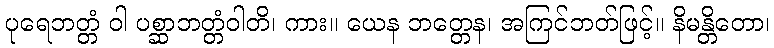
ပုရေဘတ္တံ ဝါ ပစ္ဆာဘတ္တံဝါတိ၊ ကား။ ယေန ဘတ္တေန၊ အကြင်ဘတ်ဖြင့်။ နိမန္တိတော၊